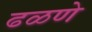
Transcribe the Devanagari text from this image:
ढळणे